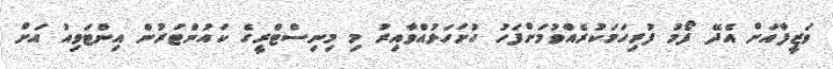
ވަޒީފާއަށް އެދޭ ފޯމު ފުރިހަމަކުރެއްވުމަށްފަހު ހުށަހަޅުއްވާއިރު މި މިނިސްޓްރީގެ ކައުންޓަރުން އިންޓަވިއު އަށް